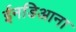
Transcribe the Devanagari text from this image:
ईनडिआना